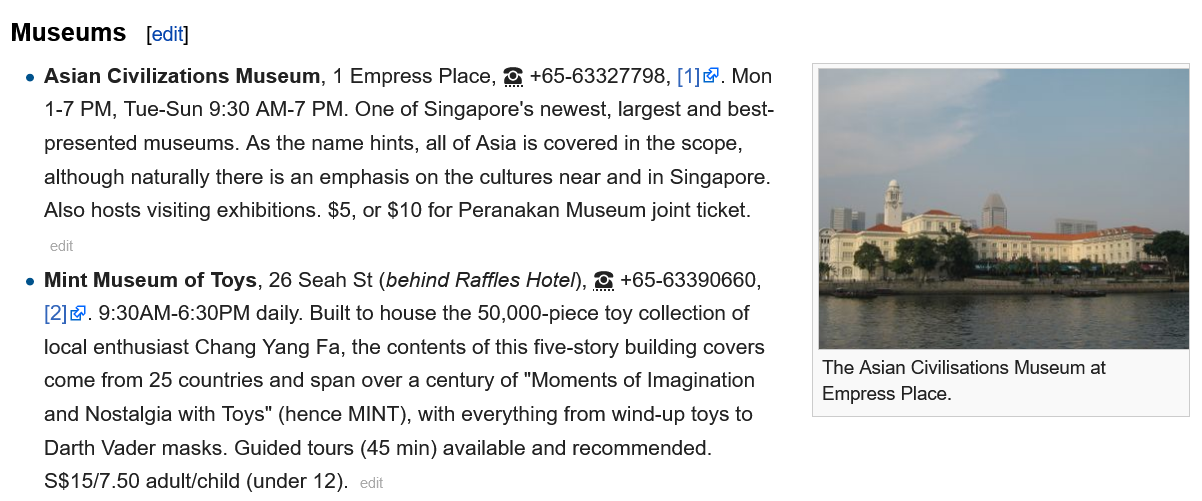
Museums
     The Asian Civilisations Museum at
     Empress Place.
   e Asian Civilizations Museum, 1 Empress Place, & +65-63327798, [1]. Mon
     1-7 PM, Tue-Sun 9:30 AM-7 PM. One of Singapore's newest, largest and best-
     presented museums. As the name hints, all of Asia is covered in the scope,
     although naturally there is an emphasis on the cultures near and in Singapore.
     Also hosts visiting exhibitions. $5, or $10 for Peranakan Museum joint ticket.
     [edit]
   e Mint Museum  of Toys, 26 Seah St (behind Raffles Hotel), 65-63390660,
     [2]@. 9:30AM-6:30PM daily. Built to house the 50,000-piece toy collection of
     local enthusiast Chang Yang Fa, the contents of this five-story building covers
     come from 25 countries and span over a century of "Moments of Imagination

     and Nostalgia with Toys" (hence MINT), with everything from wind-up toys to
     Darth Vader masks. Guided tours (45 min) available and recommended.
     $$15/7.50 adult/child (under 12).